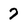
Character: 7